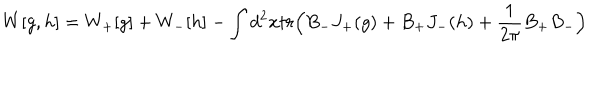
LaTeX: W [ g , h ] = W _ { + } [ g ] + W _ { - } [ h ] - \int d ^ { 2 } x t r \Big ( B _ { - } J _ { + } ( g ) + B _ { + } J _ { - } ( h ) + \frac { 1 } { 2 \pi } B _ { + } B _ { - } \Big )